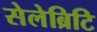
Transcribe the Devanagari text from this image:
सेलेब्रिटि